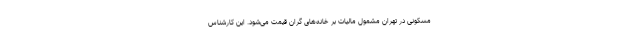
مسکونی در تهران مشمول مالیات بر خانه‌های گران قیمت می‌شود. این کارشناس